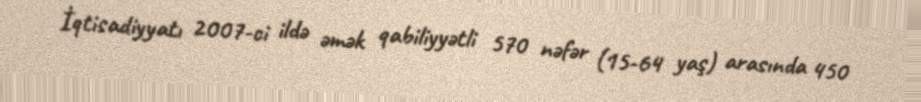
İqtisadiyyatı 2007-ci ildə əmək qabiliyyətli 570 nəfər (15-64 yaş) arasında 450